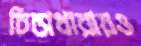
চিন্তাধারায়ও